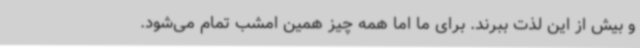
و بیش از این لذت ببرند. برای ما اما همه‌ چیز همین امشب تمام می‌شود.